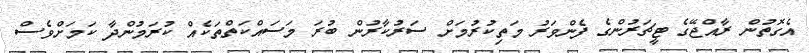
އެގޮތުން ރާއްޖޭގެ ޓީޗަރުންގެ ފެންވަރު މަތިކުރުމަށް ސަރުކާރުން ބުރަ މަސައްކަތްތަކެއް ކުރަމުންދާ ކަމަށްވެސް